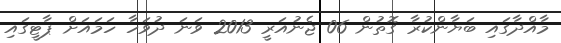
މާއްދާގައި ބަޔާންކުރާ ގޮތުން 06 ޖެނުއަރީ 2013 ވަނަ ދުވަހާ ހަމައަށް ޕާޓީގައި